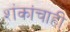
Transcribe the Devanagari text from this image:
शंकांचाही